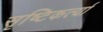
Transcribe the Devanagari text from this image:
सृष्टिकर्त्या